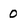
Character: 0